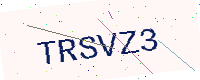
Text: TRSVZ3